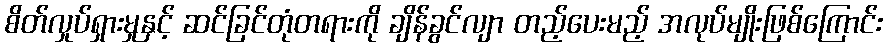
စိတ်လှုပ်ရှားမှုနှင့် ဆင်ခြင်တုံတရားကို ချိန်ခွင်လျာ တည့်ပေးမည့် အလုပ်မျိုးဖြစ်ကြောင်း